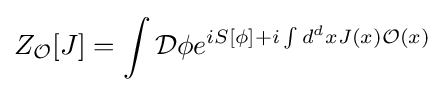
Z_{\mathcal {O}}[J]=\int {\mathcal {D}}\phi e^{iS[\phi ]+i\int d^{d}xJ(x){\mathcal {O}}(x)}